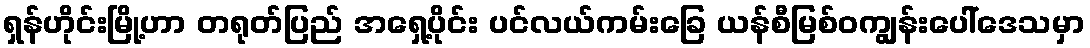
ရှန်ဟိုင်းမြို့ဟာ တရုတ်ပြည် အရှေ့ပိုင်း ပင်လယ်ကမ်းခြေ ယန်စီမြစ်ဝကျွန်းပေါ်ဒေသမှာ